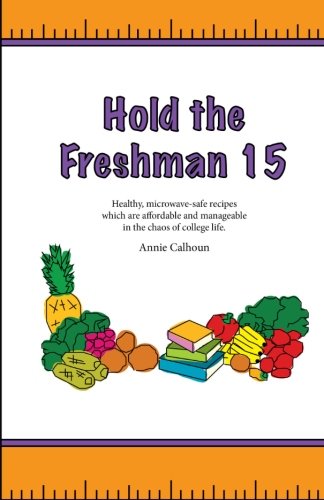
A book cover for Hold the Freshman 15: Healthy microwave-safe recipes which are affordable and manageable in the chaos of college life.; Annie Calhoun; Cookbooks, Food & Wine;